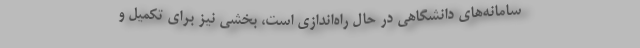
سامانه‌های دانشگاهی در حال راه‌اندازی است، بخشی نیز برای تکمیل و